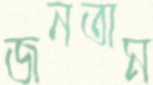
জনতাম